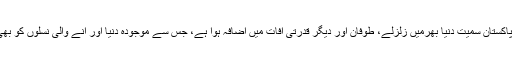
جبکہ گرین ہائوس گیسز سے ماحول کو مسلسل پہنچنے والے نقصانات کے باعث پاکستان سمیت دنیا بھرمیں زلزلے، طوفان اور دیگر قدرتی آفات میں اضافہ ہوا ہے، جس سے موجودہ دنیا اور آنے والی نسلوں کو بھی خطرہ ہے، ماحولیاتی تحفظ کو یقینی بنا نے کیلئے سب کو ملکر کام کر نا ہو گا ۔